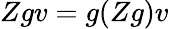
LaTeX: Zgv=g(Zg)v